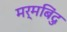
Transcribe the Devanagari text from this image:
मर्मबिंदु